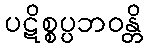
ပဋိစ္စပ္ပဘဝန္တိ